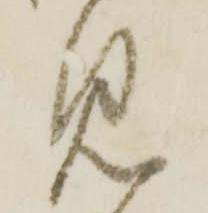
見